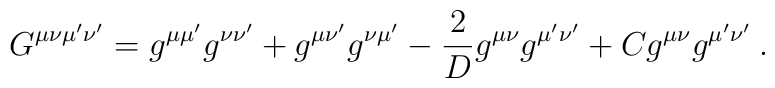
G^{\mu\nu\mu'\nu'} = g^{\mu\mu'}g^{\nu\nu'} + g^{\mu\nu'}g^{\nu\mu'}-{2\over D}g^{\mu\nu}g^{\mu'\nu'}+C g^{\mu\nu}g^{\mu'\nu'} \: .